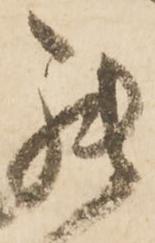
罷